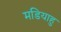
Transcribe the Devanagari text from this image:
मडियाहु